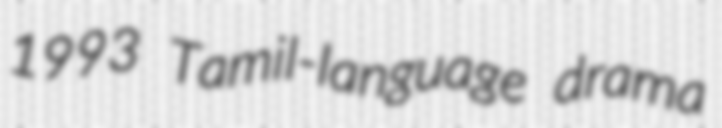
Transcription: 1993 Tamil-language drama